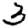
Digit: 3